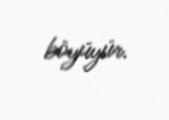
böyüyür.